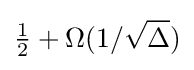
{\tfrac {1}{2}}+\Omega (1/{\sqrt {\Delta }})